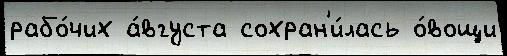
рабо́чих а́вгуста сохран'и́лась о́вощи